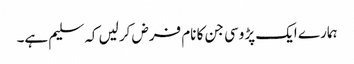
ہمارے ایک پڑوسی جن کا نام فرض کرلیں کہ سلیم ہے۔